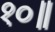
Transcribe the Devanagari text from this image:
१०॥